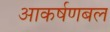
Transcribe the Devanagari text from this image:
आकर्षणबल